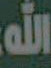
الله